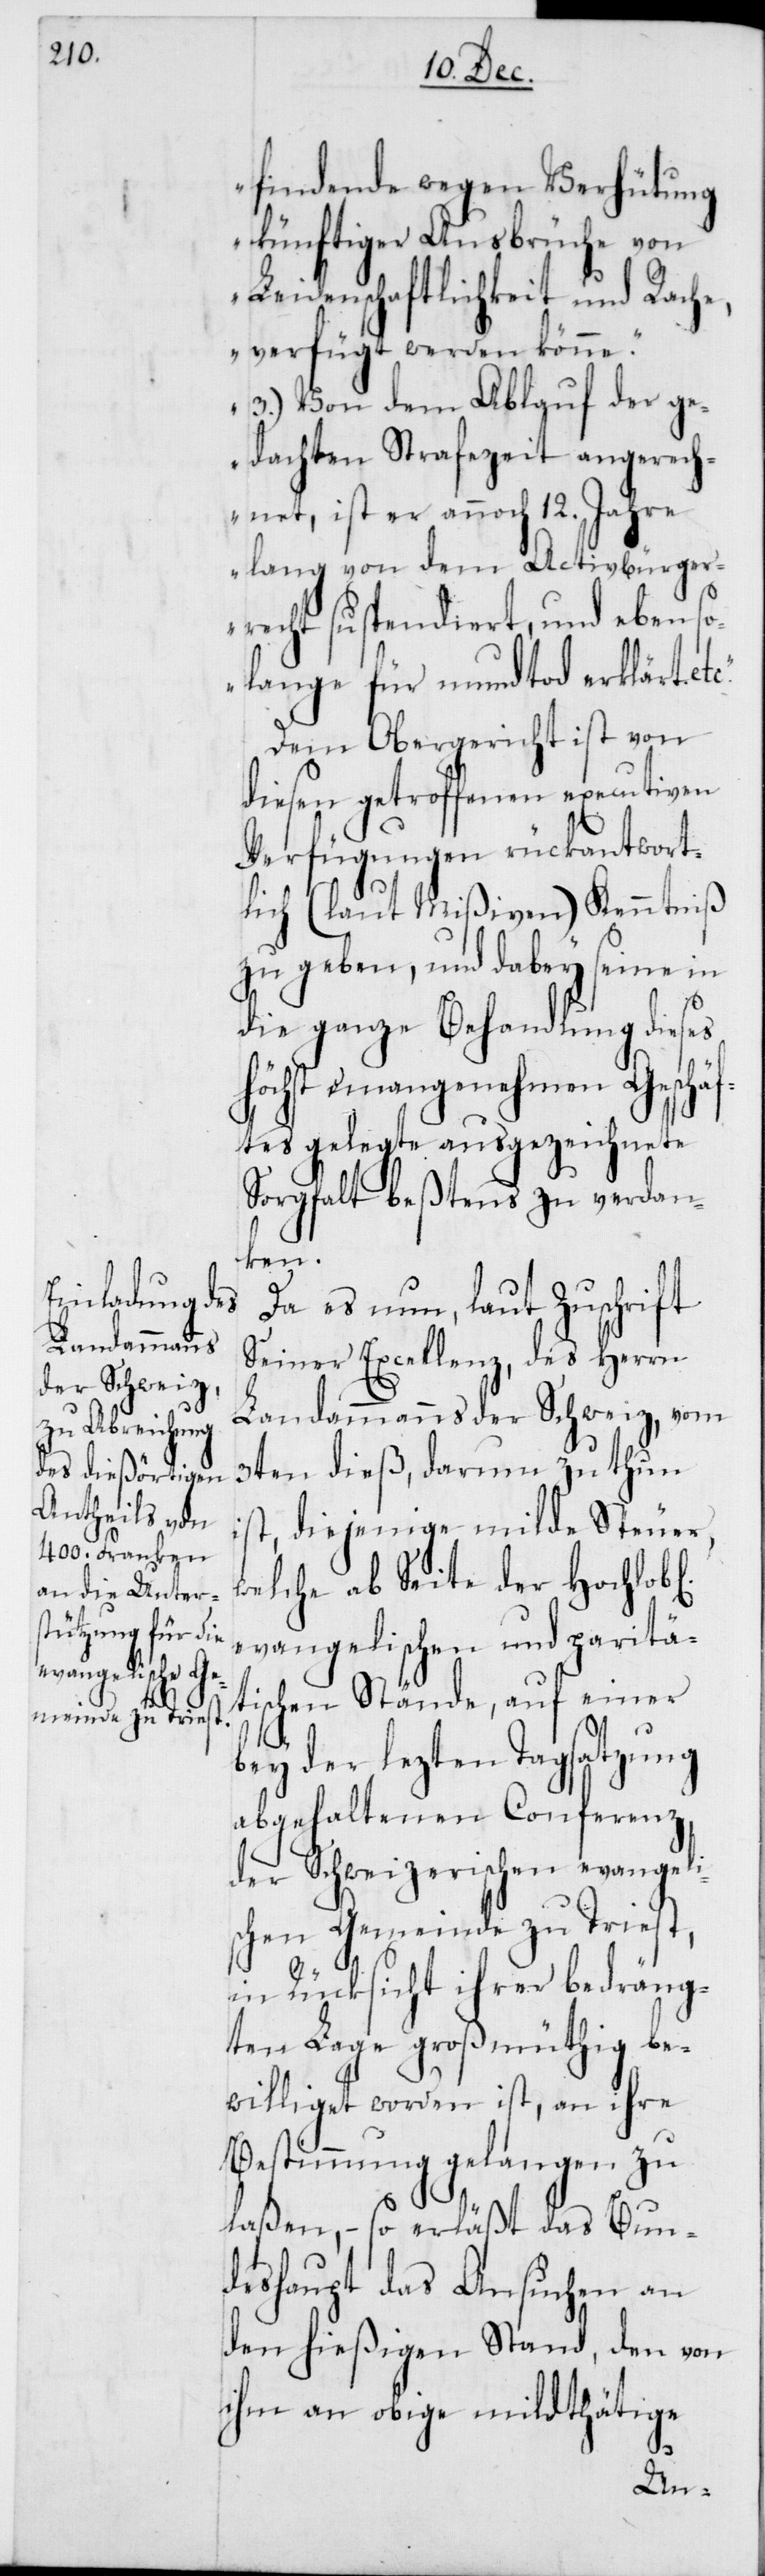
findende wegen Verhütung
künftiger Ausbrüche von
Leidenschaftlichkeit und Rache,
verfügt werden könne.“
„3.) Von dem Ablauf der ge¬
dachten Strafezeit angerech¬
net, ist er annoch 12. Jahre
lang von dem Activbürger¬
recht suspendiert, und ebenso
lange für mundtod erklärt.
Dem Obergericht ist von
diesen getroffenen executiven
Verfügungen rückantwort¬
lich (laut Mißiven) Kenntniß
zu geben, und dabey seine in
die ganze Behandlung dieses
höchst unangenehmen Geschäf¬
tes gelegte ausgezeichnete
Sorgfalt beßtens zu verdan¬
chen]
Da es nun, laut Zuschrift
Seiner Excellenz, des Herrn
Landammanns der Schweiz, vom
3ten dieß, darum zu thun
ist, diejenige milde Steuer,
welche ab Seite der Hochlobl[i¬
evangelischen und paritä¬
tischen Stände, auf einer
bey der lezten Tagsatzung
abgehaltenen Conferenz,
der Schweizerischen evangeli¬
schen Gemeinde zu Triest,
in Rücksicht ihrer bedräng¬
ten Lage großmüthig be¬
williget worden ist, an ihre
Bestimmung gelangen zu
laßen, – so erläßt das Bun¬
deshaupt das Ansuchen an
den hießigen Stand, den von
ihm an obige mildthätige